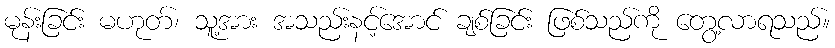
မုန်းခြင်း မဟုတ်၊ သူ့အား အသည်းနင့်အောင် ချစ်ခြင်း ဖြစ်သည်ကို တွေ့လာရသည်။